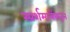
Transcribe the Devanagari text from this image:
स्प्रर्शमात्रेंकरून